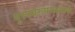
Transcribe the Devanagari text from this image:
गुरुस्वरूपमस्माकं